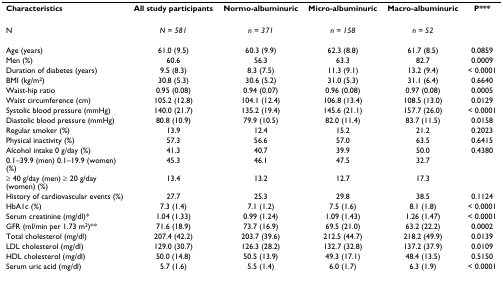
<table><thead><tr><td><b>Characteristics</b></td><td><b>All study participants</b></td><td><b>Normo-albuminuric</b></td><td><b>Micro-albuminuric</b></td><td><b>Macro-albuminuric</b></td><td><b>P***</b></td></tr></thead><tbody><tr><td>N</td><td><i>N = 581</i></td><td><i>n = 371</i></td><td><i>n = 158</i></td><td><i>n = 52</i></td><td></td></tr><tr><td>Age (years)</td><td>61.0 (9.5)</td><td>60.3 (9.9)</td><td>62.3 (8.8)</td><td>61.7 (8.5)</td><td>0.0859</td></tr><tr><td>Men (%)</td><td>60.6</td><td>56.3</td><td>63.3</td><td>82.7</td><td>0.0009</td></tr><tr><td>Duration of diabetes (years)</td><td>9.5 (8.3)</td><td>8.3 (7.5)</td><td>11.3 (9.1)</td><td>13.2 (9.4)</td><td>&lt; 0.0001</td></tr><tr><td>BMI (kg/m<sup>2</sup>)</td><td>30.8 (5.3)</td><td>30.6 (5.2)</td><td>31.0 (5.3)</td><td>31.1 (6.4)</td><td>0.6640</td></tr><tr><td>Waist-hip ratio</td><td>0.95 (0.08)</td><td>0.94 (0.07)</td><td>0.96 (0.08)</td><td>0.97 (0.08)</td><td>0.0005</td></tr><tr><td>Waist circumference (cm)</td><td>105.2 (12.8)</td><td>104.1 (12.4)</td><td>106.8 (13.4)</td><td>108.5 (13.0)</td><td>0.0129</td></tr><tr><td>Systolic blood pressure (mmHg)</td><td>140.0 (21.7)</td><td>135.2 (19.4)</td><td>145.6 (21.1)</td><td>157.7 (26.0)</td><td>&lt; 0.0001</td></tr><tr><td>Diastolic blood pressure (mmHg)</td><td>80.8 (10.9)</td><td>79.9 (10.5)</td><td>82.0 (11.4)</td><td>83.7 (11.5)</td><td>0.0158</td></tr><tr><td>Regular smoker (%)</td><td>13.9</td><td>12.4</td><td>15.2</td><td>21.2</td><td>0.2023</td></tr><tr><td>Physical inactivity (%)</td><td>57.3</td><td>56.6</td><td>57.0</td><td>63.5</td><td>0.6415</td></tr><tr><td>Alcohol intake 0 g/day (%)</td><td>41.3</td><td>40.7</td><td>39.9</td><td>50.0</td><td>0.4380</td></tr><tr><td>0.1–39.9 (men) 0.1–19.9 (women) (%)</td><td>45.3</td><td>46.1</td><td>47.5</td><td>32.7</td><td></td></tr><tr><td>≥ 40 g/day (men) ≥ 20 g/day (women) (%)</td><td>13.4</td><td>13.2</td><td>12.7</td><td>17.3</td><td></td></tr><tr><td>History of cardiovascular events (%)</td><td>27.7</td><td>25.3</td><td>29.8</td><td>38.5</td><td>0.1124</td></tr><tr><td>HbA1c (%)</td><td>7.3 (1.4)</td><td>7.1 (1.2)</td><td>7.5 (1.6)</td><td>8.1 (1.8)</td><td>&lt; 0.0001</td></tr><tr><td>Serum creatinine (mg/dl)*</td><td>1.04 (1.33)</td><td>0.99 (1.24)</td><td>1.09 (1.43)</td><td>1.26 (1.47)</td><td>&lt; 0.0001</td></tr><tr><td>GFR (ml/min per 1.73 m<sup>2</sup>)**</td><td>71.6 (18.9)</td><td>73.7 (16.9)</td><td>69.5 (21.0)</td><td>63.2 (22.2)</td><td>0.0002</td></tr><tr><td>Total cholesterol (mg/dl)</td><td>207.4 (42.2)</td><td>203.7 (39.6)</td><td>212.5 (44.7)</td><td>218.2 (49.9)</td><td>0.0139</td></tr><tr><td>LDL cholesterol (mg/dl)</td><td>129.0 (30.7)</td><td>126.3 (28.2)</td><td>132.7 (32.8)</td><td>137.2 (37.9)</td><td>0.0109</td></tr><tr><td>HDL cholesterol (mg/dl)</td><td>50.0 (14.8)</td><td>50.5 (13.9)</td><td>49.3 (17.1)</td><td>48.4 (13.5)</td><td>0.5150</td></tr><tr><td>Serum uric acid (mg/dl)</td><td>5.7 (1.6)</td><td>5.5 (1.4)</td><td>6.0 (1.7)</td><td>6.3 (1.9)</td><td>&lt; 0.0001</td></tr></tbody></table>